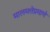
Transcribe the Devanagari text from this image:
मालमत्तेप्रमाणे